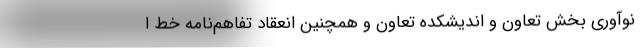
نوآوری بخش تعاون و اندیشکده تعاون و همچنین انعقاد تفاهم‌نامه خط ا